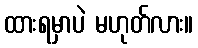
ထားရမှာပဲ မဟုတ်လား။